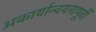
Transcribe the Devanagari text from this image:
अकार्यान्वयनापूर्वी